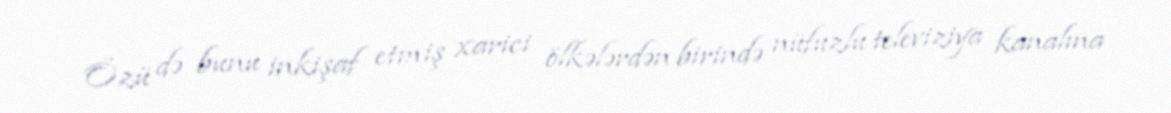
Özü də bunu inkişaf etmiş xarici ölkələrdən birində nüfuzlu televiziya kanalına